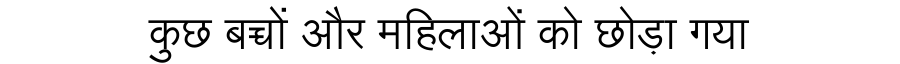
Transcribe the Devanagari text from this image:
कुछ बच्चों और महिलाओं को छोड़ा गया